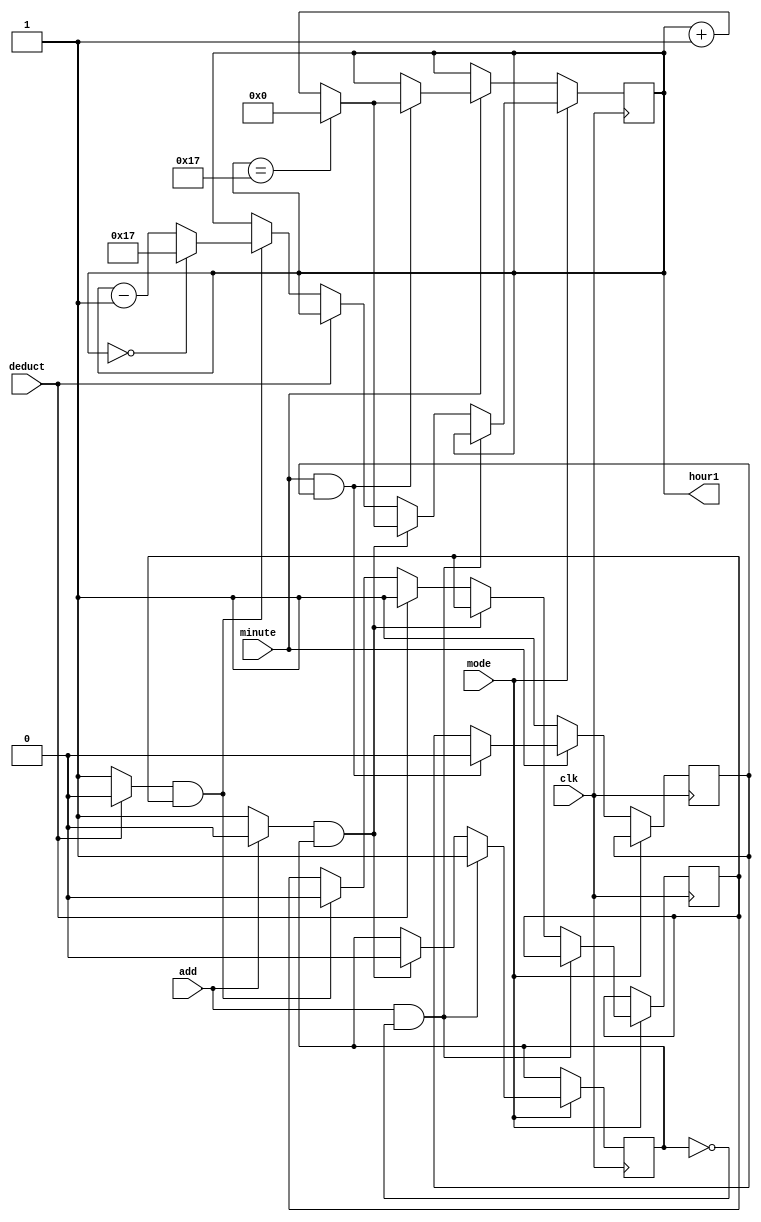
module hour_counter_ver2(clk,minute,/*switch*/mode,add,deduct,hour1/*,seg*/);
input clk,minute,/*switch*/mode,add,deduct;
output [5:0]hour1;
//output [13:0]seg;
reg /*mode,*/en;
reg [5:0]hour;

reg start,e;

reg start2,e2;

wire [7:0]bcd;

initial
begin
//mode=1'b0;
hour=6'b0;
en=1'b0;
start=0;
e=0;
start2=0;
e2=0;

end


/*always@(negedge switch)
mode<=~mode;*/




always @(add)
begin
if(add==0) start=1;
else  start=0;
end


always @(deduct)
begin
if(deduct==0) start2=1;
else start2=0;
end





always@(posedge clk)
begin



 if(mode==0)
begin
  
   if(minute!=1)en<=1;

     else if(minute==1&&en)
     begin
     en<=0;
	  
     if(hour==23)hour<=0;else hour<=hour+1;
  
     end

end

else if(start==0&&e==0)e<=1;
  
  else if(start==1&&e)
  
        begin
		  
		  	e	<=	0;  
	   	if(hour==23)hour<=0;
	 	
	   	else hour<=hour+1;
		  
		  
		 
		  end
		
	else if(start2==0)e2<=1;

   else if(start2==1&&e2)
	
	     begin
		  
		   	e2	<=	0;  
	   	if(hour==0)hour<=23;
	 	
	   	else hour<=hour-1;
		  
		  
		 
		  end  


end

assign hour1=hour;


/*bin_to_bcd3 uut(hour,bcd);

led7_decoder hex0(bcd[3:0],seg[6:0]);

led7_decoder hex1(bcd[7:4],seg[13:7]);*/












endmodule